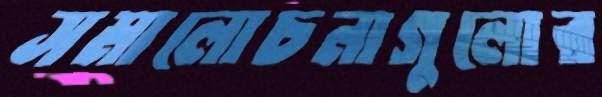
সমালোচনাগুলোর